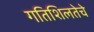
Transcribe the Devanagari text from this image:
गतिशिलतेचे